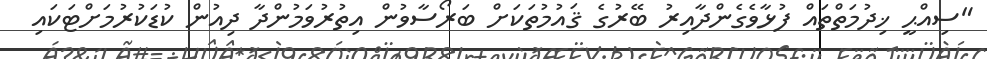
"ސިއްޙީ ޚިދުމަތްތައް ފުޅާވެގެންދާއިރު ބޭރުގެ ޤައުމުތަކަށް ބަރޯސާވުން އިތުރުވަމުންދާ ދިއުން ކުޑަކުރުމަށްޓަކައި